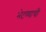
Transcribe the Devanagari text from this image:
भेटण्याची